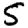
Digit: 5